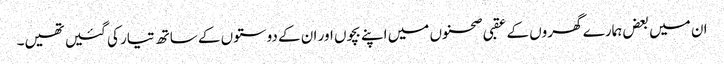
ان میں بعض ہمارے گھروں کے عقبی صحنوں میں اپنے بچوں اور ان کے دوستوں کے ساتھ تیار کی گئیں تھیں۔